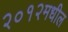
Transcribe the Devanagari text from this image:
२०१२मधील